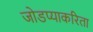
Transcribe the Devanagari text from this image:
जोडप्याकरिता